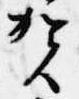
賀